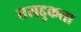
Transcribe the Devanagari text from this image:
तसद्दुकता